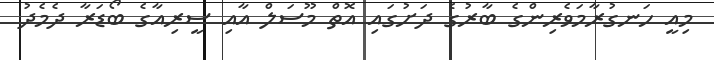
މިއީ ހަނގުރާމަވެރިންގެ ބާރުގެ ދަށުގައި އޮތް މޫސަލް އާއި ސީރިއާގެ ބޯޑަރާ ދެމެދު